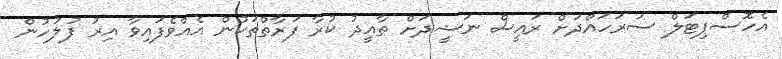
އެހޮސްޕިޓަލް ސަރަހައްދަށް ރައީސް ނަޝީދަށް ތާއީދު ކުރާ ފަރާތްތަކުން އެއްވެފައިވާ އިރު ފުލުހުން